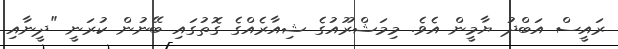
ރައީސް އަބްދު ޔާމީން އެވެ. މިމަޝްރޫއުގެ ޝިއާރެއްގެ ގޮތުގައި ބޭނުން ކުރަނީ "ދީނާއި